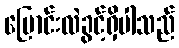
ပြောင်းလဲခွင့်ရှိပါသည်